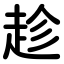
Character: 趁